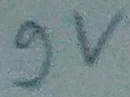
Text: 9v